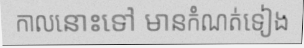
កាលនោះទៅ មានកំណត់ទៀង